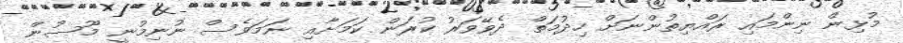
މުޅިން ނިންމައި ރައްޔިތުންނަށް ހިދުމަތް ދެވޭވަރު ކުރަން ކަމަށާއި ނަމަވެސް ނުނިމުނީ މޫސުން